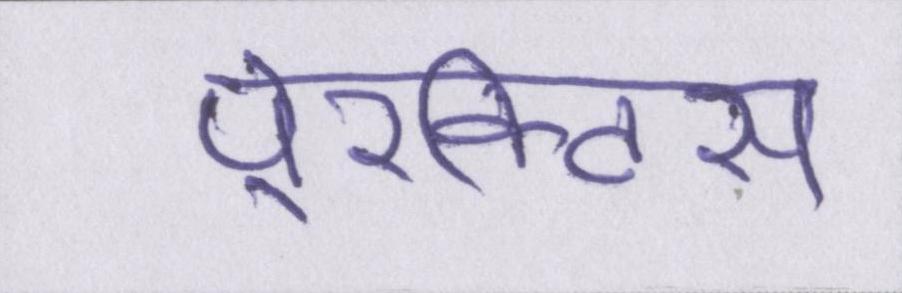
पे्रक्टिस